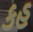
કહ